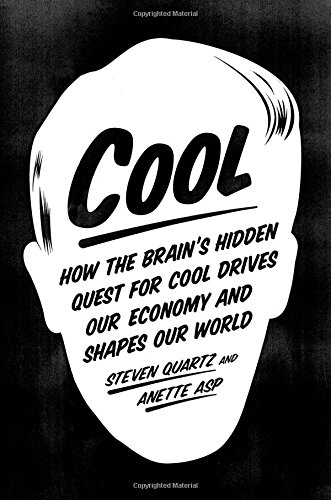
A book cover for Cool: How the Brain's Hidden Quest for Cool Drives Our Economy and Shapes Our World; Steven Quartz; Business & Money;